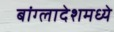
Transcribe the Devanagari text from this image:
बांग्लादेशमध्ये